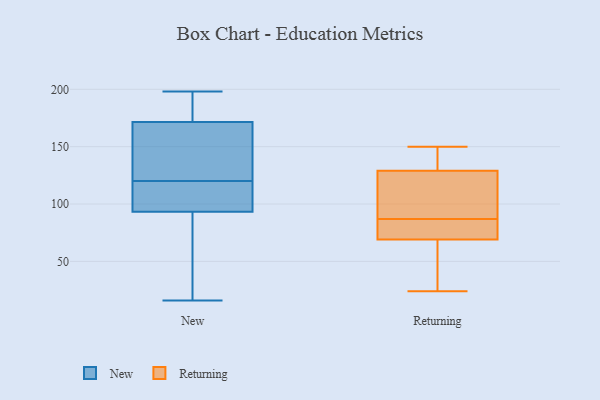
{"axis": {"x": "Website Visitors", "y": "Value"}, "legend": ["New", "Returning"], "data": [{"x": "", "y": 149, "type": "New"}, {"x": "", "y": 120, "type": "New"}, {"x": "", "y": 138, "type": "New"}, {"x": "", "y": 179, "type": "New"}, {"x": "", "y": 75, "type": "New"}, {"x": "", "y": 198, "type": "New"}, {"x": "", "y": 16, "type": "New"}, {"x": "", "y": 94, "type": "New"}, {"x": "", "y": 189, "type": "New"}, {"x": "", "y": 111, "type": "New"}, {"x": "", "y": 93, "type": "New"}, {"x": "", "y": 119, "type": "Returning"}, {"x": "", "y": 35, "type": "Returning"}, {"x": "", "y": 69, "type": "Returning"}, {"x": "", "y": 150, "type": "Returning"}, {"x": "", "y": 24, "type": "Returning"}, {"x": "", "y": 81, "type": "Returning"}, {"x": "", "y": 129, "type": "Returning"}, {"x": "", "y": 79, "type": "Returning"}, {"x": "", "y": 150, "type": "Returning"}, {"x": "", "y": 93, "type": "Returning"}]}